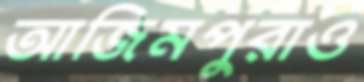
আজিমপুরাও